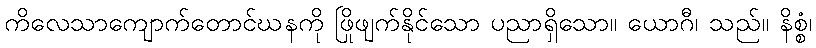
ကိလေသာကျောက်တောင်ဃနကို ဖြိုဖျက်နိုင်သော ပညာရှိသော။ ယောဂီ၊ သည်။ နိစ္စံ၊